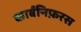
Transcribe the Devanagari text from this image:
कार्बनिफ़रस